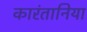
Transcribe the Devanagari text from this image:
कारंतानिया